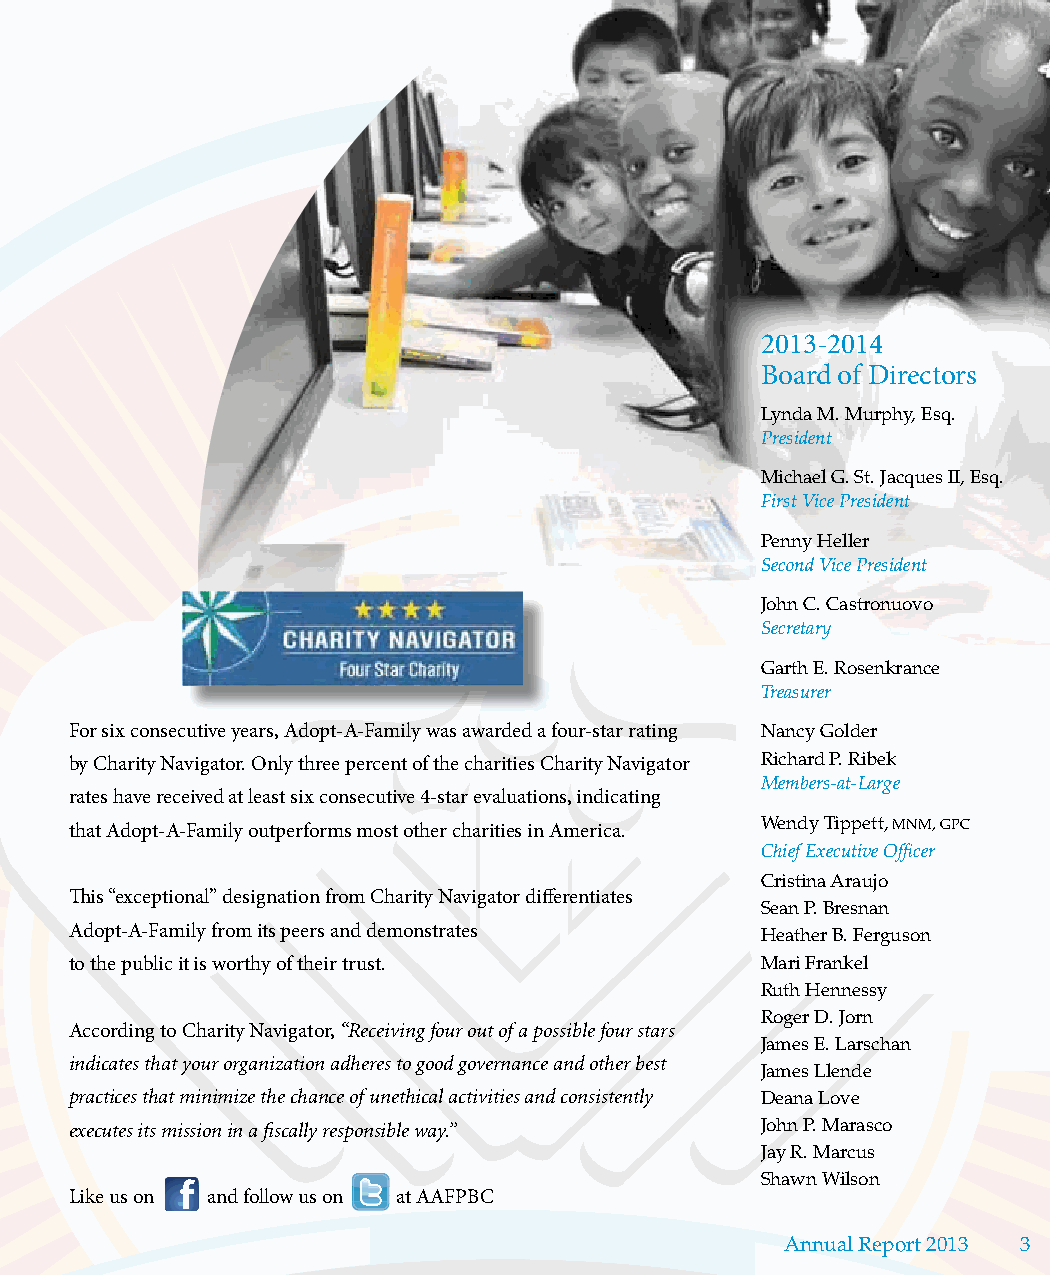
2013-2014
 Board of Directors
 Lynda M. Murphy, Esq.
 President
 Michael G. St. Jacques II, Esq.
 First Vice President
 Penny Heller
 Second Vice President
 John C. Castronuovo
 Secretary
 Garth E. Rosenkrance
 Treasurer
 For six consecutive years, Adopt-A-Family was awarded a four-star rating Nancy Golder
 by Charity Navigator. Only three percent of the charities Charity Navigator Richard P. Ribek
 Members-at-Large
 rates have received at least six consecutive 4-star evaluations, indicating
 that Adopt-A-Family outperforms most other charities in America. Wendy Tippett, MNM, GPC
 Chief Executive Officer
 Cristina Araujo
 This “exceptional” designation from Charity Navigator differentiates
 Sean P. Bresnan
 Adopt-A-Family from its peers and demonstrates Heather B. Ferguson
 to the public it is worthy of their trust.   Mari Frankel
 Ruth Hennessy
 Roger D. Jorn
 According to Charity Navigator, “Receiving four out of a possible four stars
 James E. Larschan
 indicates that your organization adheres to good governance and other best
 James Llende
 practices that minimize the chance of unethical activities and consistently Deana Love
 executes its mission in a fiscally responsible way.” John P. Marasco
 Jay R. Marcus
 Shawn Wilson
 Like us on and follow us on at AAFPBC
 Annual Report 2013 3